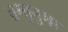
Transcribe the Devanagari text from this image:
तम्बूनुमा